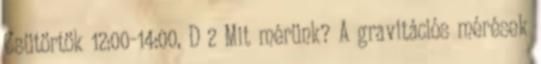
Csütörtök 12:00-14:00, D 2 Mit mérünk? A gravitációs mérések